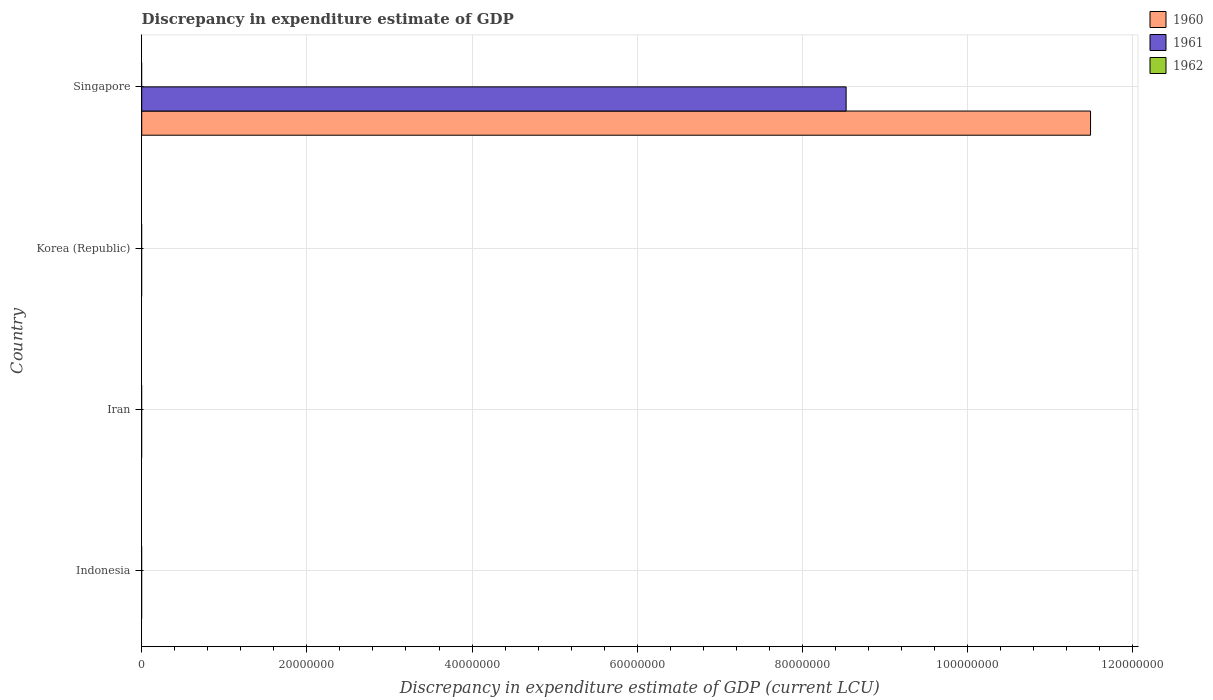
| Country | 1960 | 1961 | 1962 |
 | --- | --- | --- | --- |
 | Indonesia | -5.98e+06 | -5.13e+06 | -7.9e+06 |
 | Iran | -4.44e+10 | -4.48e+10 | -4.79e+10 |
 | Korea (Republic) | -4.22e+08 | -3.24e+08 | -4.47e+08 |
 | Singapore | 1.15e+08 | 8.53e+07 | -4.22e+07 |